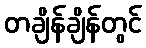
တချိန်ချိန်တွင်